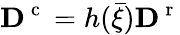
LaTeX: {\mathbf D}^{\mathrm{~c~}}=h(\bar{\xi}){\mathbf D}^{\mathrm{~r~}}